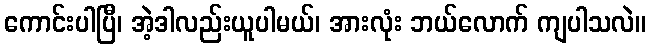
ကောင်းပါပြီ၊ အဲ့ဒါလည်းယူပါမယ်၊ အားလုံး ဘယ်လောက် ကျပါသလဲ။